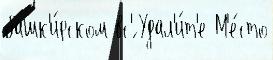
башк'и́рском вс'́ Удал'и́т'е М'е́сто